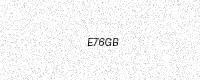
Text: E76GB